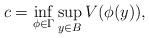
LaTeX: \begin{align*} c=\inf_{\phi \in \Gamma}\sup_{y \in B}V(\phi(y)),\end{align*}